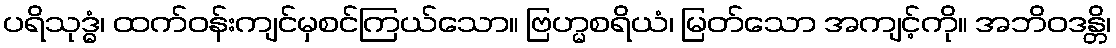
ပရိသုဒ္ဓံ၊ ထက်ဝန်းကျင်မှစင်ကြယ်သော။ ဗြဟ္မစရိယံ၊ မြတ်သော အကျင့်ကို။ အဘိဝဒန္တိ၊